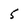
Character: 5